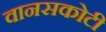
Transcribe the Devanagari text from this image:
वानसकोटी